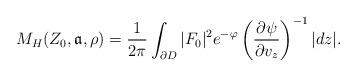
LaTeX: \begin{align*} M_H(Z_0,\mathfrak{a},\rho)=\frac{1}{2\pi}\int_{\partial D}|F_0|^2e^{-\varphi}\left(\frac{\partial \psi}{\partial v_z} \right)^{-1}|dz|. \end{align*}